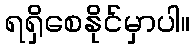
ရရှိစေနိုင်မှာပါ။